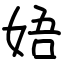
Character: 娪